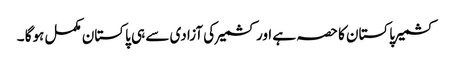
کشمیر پاکستان کا حصہ ہے اور کشمیر کی آزادی سے ہی پاکستان مکمل ہوگا ۔